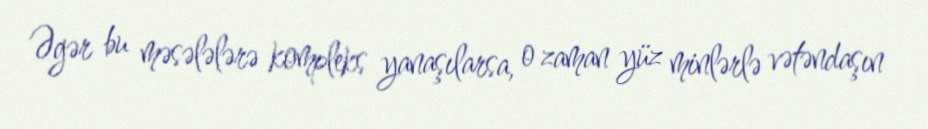
Əgər bu məsələlərə kompleks yanaşılarsa, o zaman yüz minlərlə vətəndaşın